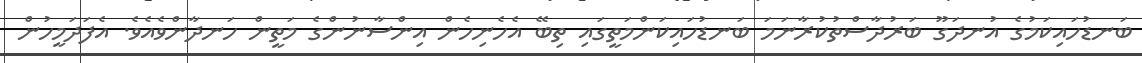
ބަނޑުހައިކަމުގެ އުނދަގޫ ބަރުދާސްތުކުރާނަމަ ބަނޑުހައިކަންމަތީގައި ތިބޭ އެހެނިހެން އިންސާނުންގެ މަތީން ހަނދާންވެއެވެ. އެފަދަމީހުން